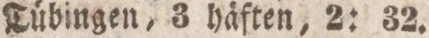
Tübingen, 3 häften, 2: 32.